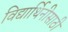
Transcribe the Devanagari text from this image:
विद्यार्थिनीसाठी